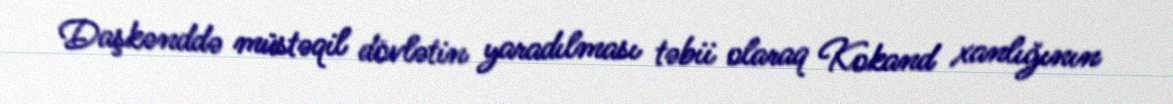
Daşkənddə müstəqil dövlətin yaradılması təbii olaraq Kokand xanlığının